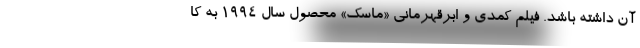
آن داشته باشد. فیلم کمدی و ابرقهرمانی «ماسک» محصول سال ۱۹۹۴ به کا